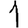
Digit: 1